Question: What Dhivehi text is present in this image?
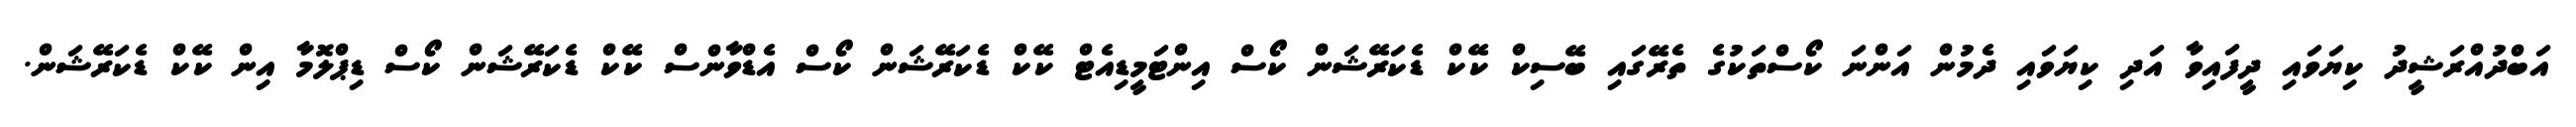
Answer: އަބްދުއްރަޝީދު ކިޔަވައި ދީފައިވާ އަދި ކިޔަވައި ދެމުން އަންނަ ކޯސްތަކުގެ ތެރޭގައި ބޭސިކް ކޭކް ޑެކަރޭޝަން ކޯސް އިންޓަމީޑިއެޓް ކޭކް ޑެކަރޭޝަން ކޯސް އެޑްވާންސް ކޭކް ޑެކަރޭޝަން ކޯސް ޑިޕްލޮމާ އިން ކޭކް ޑެކަރޭޝަން.